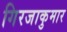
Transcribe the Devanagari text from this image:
गिरजाकुमार